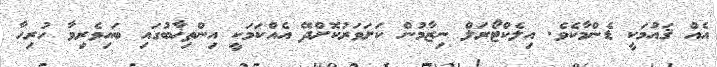
އެއް ޤައުމަކީ ޑެންމާކެވެ. އިލެކްޓޯރަލް ނިޒާމުން ކަށަވަރުކޮށްދޭ އެއްކަމަކީ އިންތިޚާބުގައި ބައިވެރިވާ ހުރިހާ